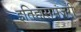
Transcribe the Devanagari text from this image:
इतिहासमंजरी